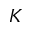
K